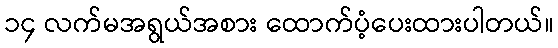
၁၄ လက်မအရွယ်အစား ထောက်ပံ့ပေးထားပါတယ်။